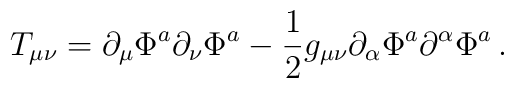
T_{\mu\nu} = \partial_\mu\Phi^a \partial_\nu\Phi^a-{1\over 2}g_{\mu\nu}\partial_\alpha\Phi^a\partial^\alpha\Phi^a\,.